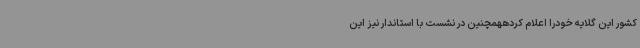
کشور این گلایه خودرا اعلام کردههمچنین در نشست با استاندار نیز این